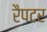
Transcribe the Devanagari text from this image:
रैपटर